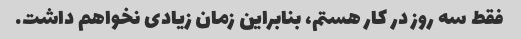
فقط سه روز در کار هستم، بنابراین زمان زیادی نخواهم داشت.